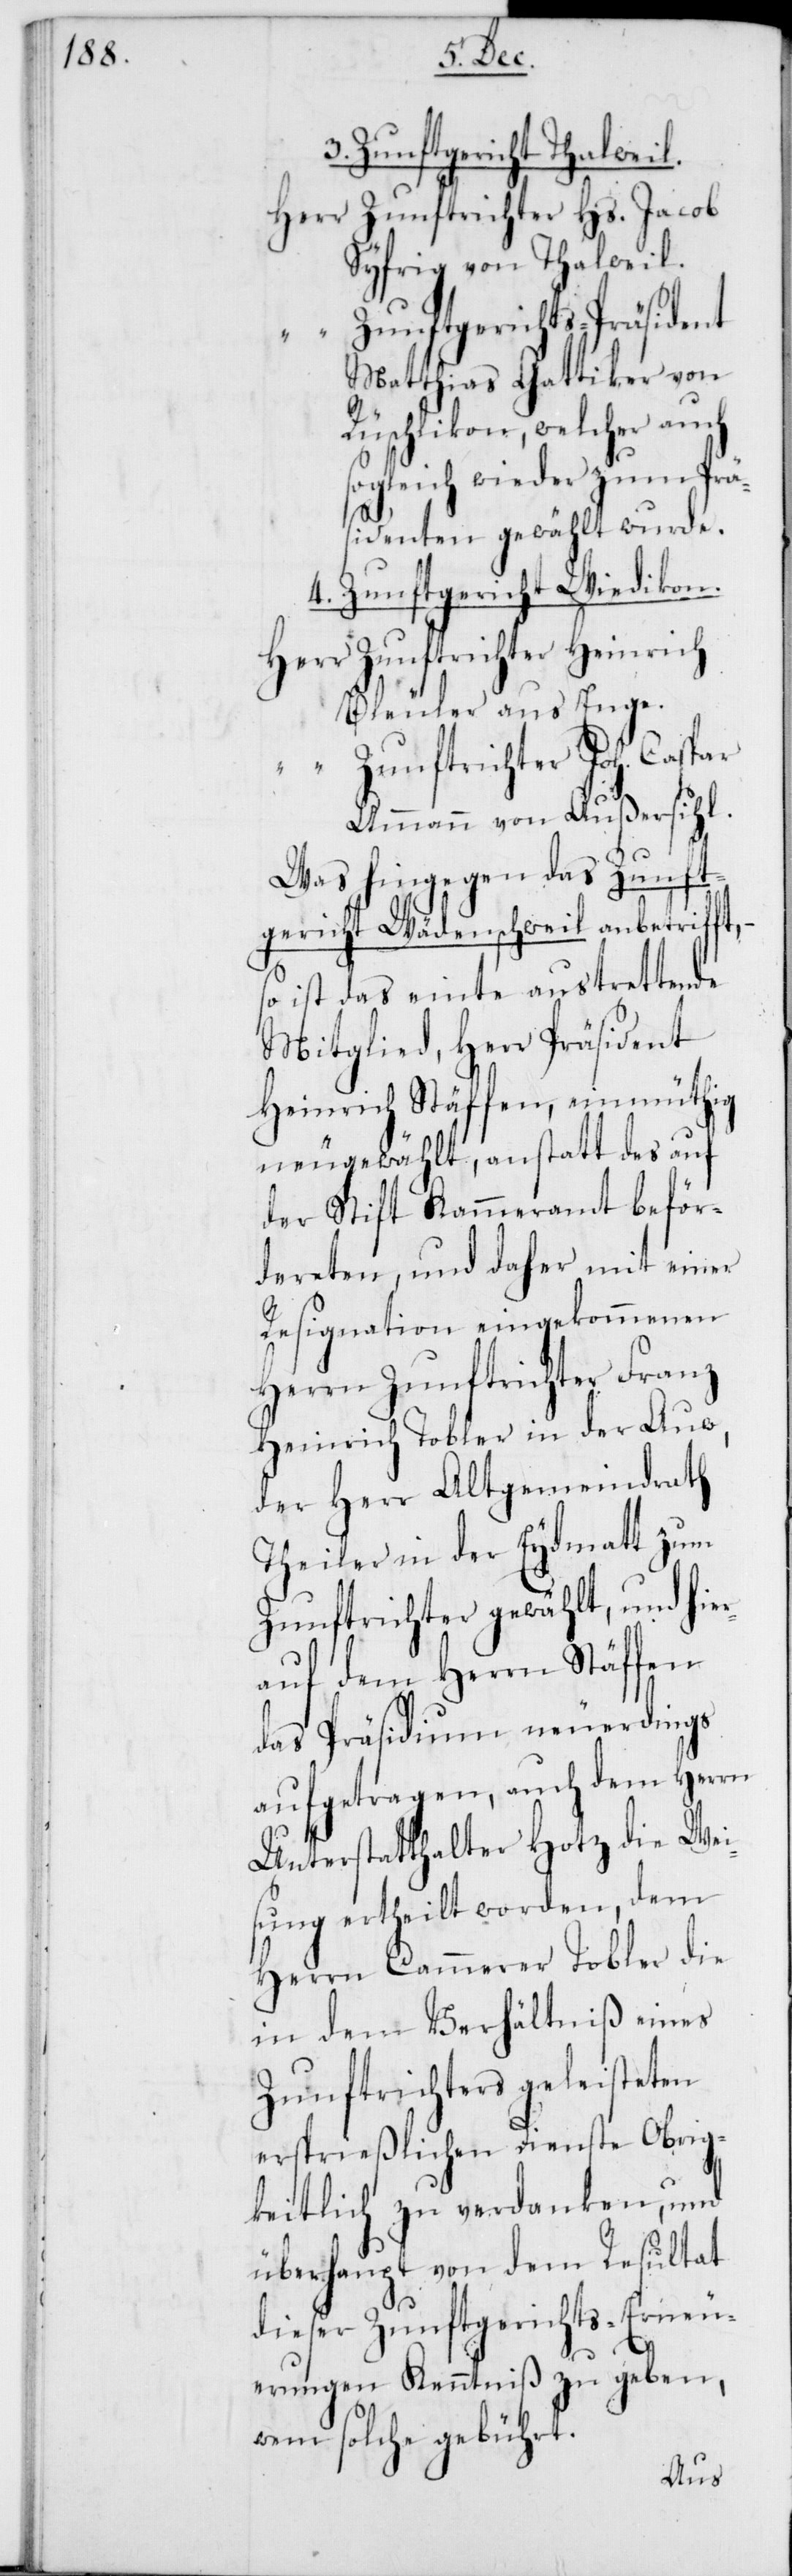
3. Zunftgericht Thalweil.
Zunftrichter Hs. Jacob
Syfrig von Thalweil.
Zunftgerichts-Präsident
Matthias Gattiker von
Rüschlikon, welcher auch
sogleich wieder zum Prä¬
sidenten gewählt wurde.
4. Zunftgericht Wiedikon.
Zunftrichter Heinrich
Bleuler aus Enge.
Zunftrichter Joh. Caspar
Ammann von Außersihl.
Was hingegen das Zunft¬
gericht Wädenschweil anbetrifft, –
so ist das einte austrettende
Mitglied, Herr Präsident
Heinrich Stäffen, einmüthig
neugewählt, anstatt des auf
der Stift Kammeramt beför¬
dereten, und daher mit einer
Resignation eingekommenen
Herrn Zunftrichter Franz
Heinrich Tobler in der Auw,
der Herr Altgemeindrath
Theiler in der Eydmatt zum
Zunftrichter gewählt, und hier¬
auf dem Herrn Stäffen
das Präsidium neuerdings
aufgetragen, auch dem Herrn
Unterstatthalter Hotz die Wei¬
sung ertheilt worden, dem
Herrn Cammerer Tobler die
in dem Verhältniß eines
Zunftrichters geleisteten
ersprießlichen Dienste Obrig¬
keitlich zu verdanken, und
überhaupt von dem Resultat
dieser Zunftgerichts-Erneu¬
erungen Kenntniß zu geben,
wem solche gebührt.